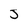
Character: J